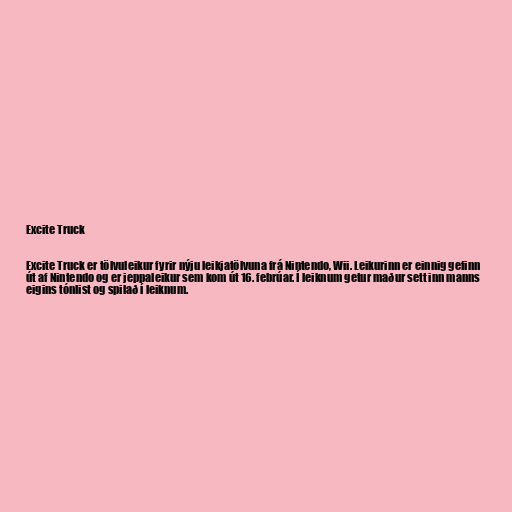
Excite Truck

Excite Truck er tölvuleikur fyrir nýju leikjatölvuna frá Nintendo, Wii. Leikurinn er einnig gefinn
út af Nintendo og er jeppaleikur sem kom út 16. febrúar. Í leiknum getur maður sett inn manns
eigins tónlist og spilað í leiknum.